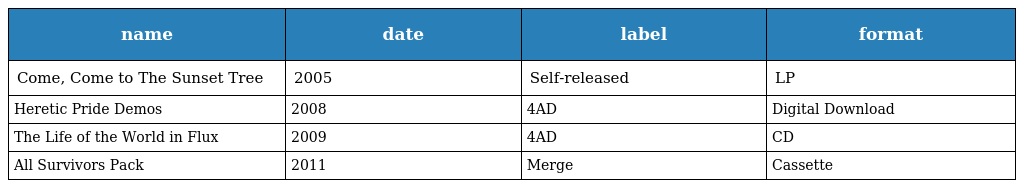
| name | date | label | format |
 | --- | --- | --- | --- |
 | Come, Come to The Sunset Tree | 2005 | Self-released | LP |
 | Heretic Pride Demos | 2008 | 4AD | Digital Download |
 | The Life of the World in Flux | 2009 | 4AD | CD |
 | All Survivors Pack | 2011 | Merge | Cassette |